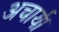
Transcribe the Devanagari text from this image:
अचार्य।